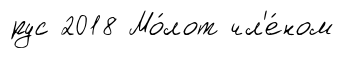
рус 2018 Мо́лот чл'е́ном